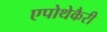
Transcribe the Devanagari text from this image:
एपोथेकैरी